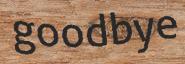
goodbye